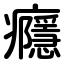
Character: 癮